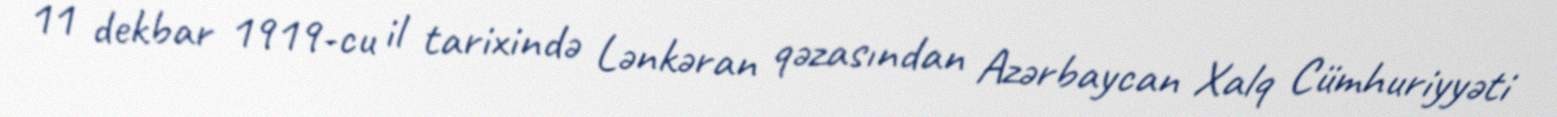
11 dekbar 1919-cu il tarixində Lənkəran qəzasından Azərbaycan Xalq Cümhuriyyəti